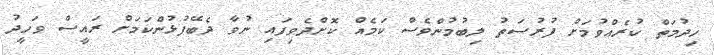
ހިދުމަތް ކުރެއްވުމަށް ފުރުސަތު ލިބުމުންވެސް ކަމެއް ކޮށްދެވިފައި ނުވާ ދެބޭފުޅުންކަމަށް ރައީސް ވަހީދު